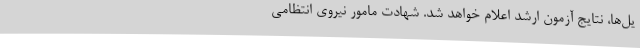
یل‌ها، نتایج آزمون ارشد اعلام خواهد شد‌. شهادت مامور نیروی انتظامی